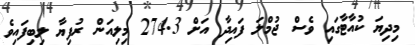
މިދިޔަ ކުއާޓާގައި ވެސް ޖުމްލަ ފައިދާ އަށް 274.3 މިލިއަން ރުފިޔާ ލިބިފައިވެ